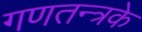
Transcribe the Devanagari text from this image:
गणतन्त्रके